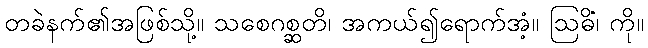
တခဲနက်၏အဖြစ်သို့။ သစေဂစ္ဆတိ၊ အကယ်၍ရောက်အံ့။ ဩဓိံ၊ ကို။